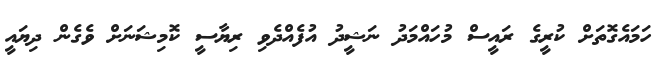
ހަމައެގޮތަށް ކުރީގެ ރައީސް މުހައްމަދު ނަޝީދު އުފެއްދެވި ރިޔާސީ ކޮމިޝަނަށް ވެގެން ދިޔައީ